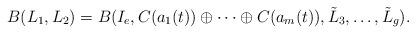
LaTeX: \begin{align*}B(L_1,L_2) & = B(I_e, C(a_1(t))\oplus \cdots \oplus C(a_m(t)), \tilde{L}_3,\dots,\tilde{L}_g).\end{align*}